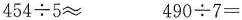
$$454\div 5\approx$$ $$490\div 7=$$